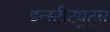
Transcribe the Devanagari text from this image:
इन्स्टीट्यूट्स